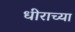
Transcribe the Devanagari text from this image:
धीराच्या